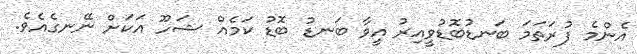
އެންމެ ފުރަތަމަ ބަނޑުބޮޑުވީއިރު އީވާ ބަނޑު ބޮޑު ކަމެއް ޝަހޫ އަކަށް ނޭނގެއެވެ.